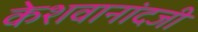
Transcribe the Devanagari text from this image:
केशवानांदजी